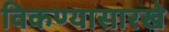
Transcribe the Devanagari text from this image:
विकण्यासारखे